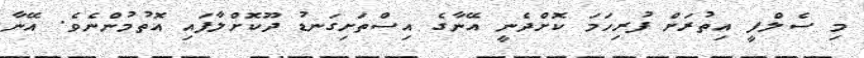
މި ސެލްފީ އިތުރަށް ފުުރިހަމަ ކޮށްދެނީ އޭނާގެ އިސްތަށިގަނޑު ދޫކޮށްލާފައި އޮތުމުންނެވެ. އޭނާ